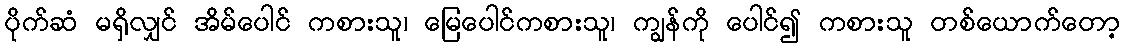
ပိုက်ဆံ မရှိလျှင် အိမ်ပေါင် ကစားသူ၊ မြေပေါင်ကစားသူ၊ ကျွန်ကို ပေါင်၍ ကစားသူ တစ်ယောက်တော့